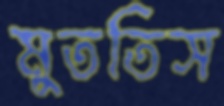
মুততিস